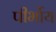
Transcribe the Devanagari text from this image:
पीर्भोय